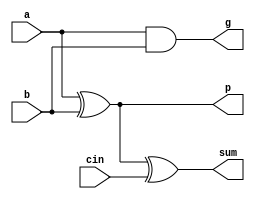
/*
 *	Copyright (C) 2011  Kiel Friedt
 *
 *    This program is free software: you can redistribute it and/or modify
 *    it under the terms of the GNU General Public License as published by
 *    the Free Software Foundation, either version 3 of the License, or
 *    (at your option) any later version.
 *
 *    This program is distributed in the hope that it will be useful,
 *    but WITHOUT ANY WARRANTY; without even the implied warranty of
 *    MERCHANTABILITY or FITNESS FOR A PARTICULAR PURPOSE.  See the
 *    GNU General Public License for more details.
 *
 *    You should have received a copy of the GNU General Public License
 *    along with this program.  If not, see <http://www.gnu.org/licenses/>.
 */
 //authors Kiel Friedt, Kevin McIntosh,Cody DeHaan
 module fulladder_LA(a, b, cin, sum, p, g);
   input a, b, cin;
   output sum, p, g;
   assign sum = a ^ b ^ cin;
   assign p = a ^ b;
   assign g = a & b;
endmodule